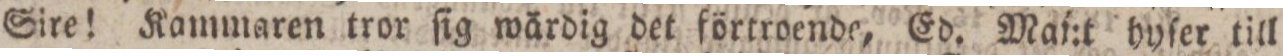
Sire! Kammaren tror ſig wärdig det förtroende, Ed. Maj:t hyſer till